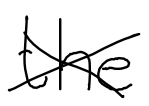
Text: the
Cross-out: cross
Writing tool: digital_black